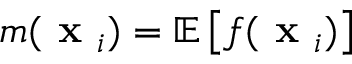
m ( \textbf { x } _ { i } ) = \mathbb { E } \left[ f ( \textbf { x } _ { i } ) \right]